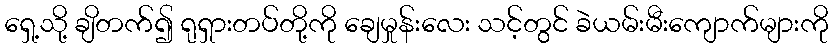
ရှေ့သို့ ချိတက်၍ ရုရှားတပ်တို့ကို ချေမှုန်းလေး သင့်တွင် ခဲယမ်းမီးကျောက်များကို